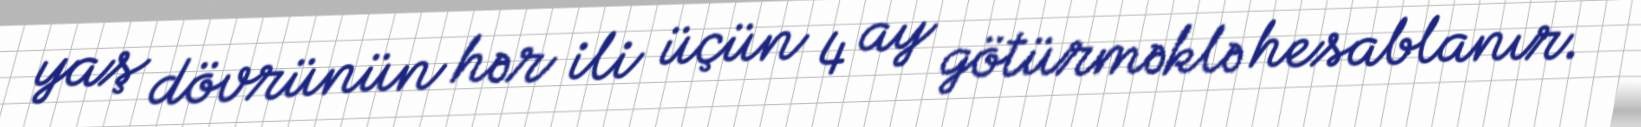
yaş dövrünün hər ili üçün 4 ay götürməklə hesablanır.